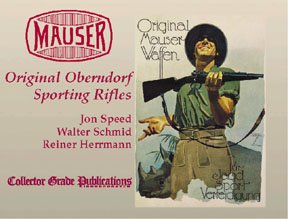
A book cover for Mauser: Original Oberndorf Sporting Rifles; Jon Speed; Crafts, Hobbies & Home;